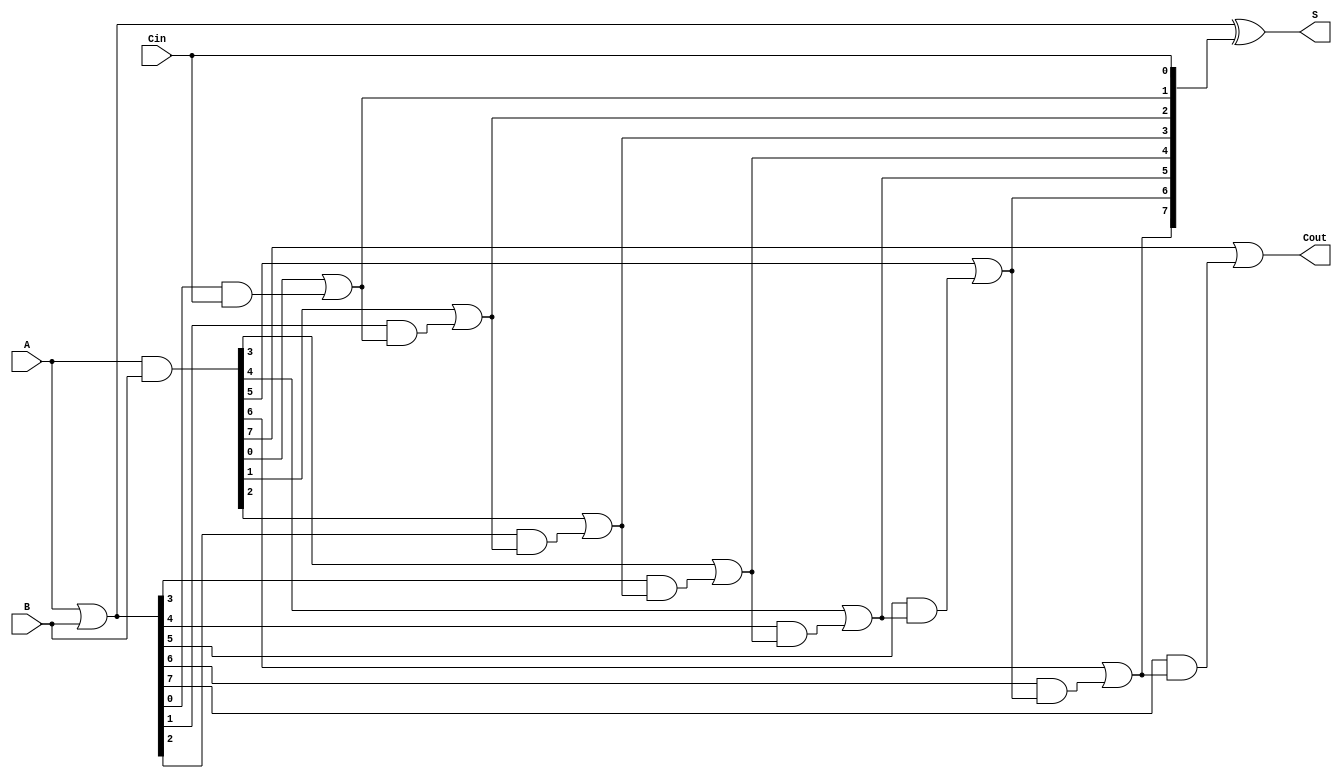
module VariableLatencyCLA #(
    parameter N = 8 // Width of the adder (number of bits)
)(
    input  [N-1:0] A,        // First operand
    input  [N-1:0] B,        // Second operand
    input         Cin,       // Input carry
    output [N-1:0] S,        // Sum output
    output        Cout       // Carry output
);

    // Generate and Propagate signals
    wire [N-1:0] G; // Generate
    wire [N-1:0] P; // Propagate
    wire [N:0] C;    // Carry signals

    // Generate and Propagate logic
    assign G = A & B;          // G[i] = A[i] & B[i]
    assign P = A | B;          // P[i] = A[i] | B[i]

    // Carry Lookahead Logic
    assign C[0] = Cin; // Initial carry input
    genvar i;
    generate
        for (i = 1; i < N+1; i = i + 1) begin : carry_logic
            assign C[i] = G[i-1] | (P[i-1] & C[i-1]); // C[i] = G[i-1] | (P[i-1] & C[i-1])
        end
    endgenerate

    // Sum generation
    assign S = P ^ C[N-1:0]; // S[i] = P[i] ^ C[i]

    // Carry out signal
    assign Cout = C[N]; // Final carry out

endmodule